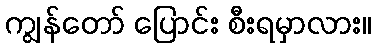
ကျွန်တော် ပြောင်း စီးရမှာလား။